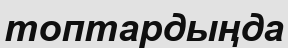
топтардыңда